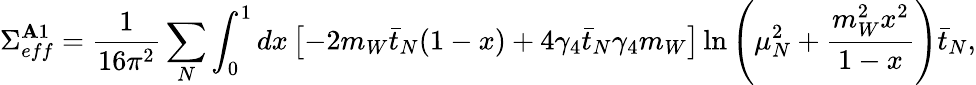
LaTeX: \Sigma_{eff}^{\mathbf{A}1}=\frac{{1}}{{16\pi^{2}}}\sum_{N}\int_{0}^{1}dx\left[-2m_{W}\bar{{t}}_{N}(1-x)+4\gamma_{4}\bar{{t}}_{N}\gamma_{4}m_{W}\right]\ln\left(\mu_{N}^{2}+\frac{{m_{W}^{2}x^{2}}}{{1-x}}\right)\bar{{t}}_{N},